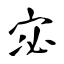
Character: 宓